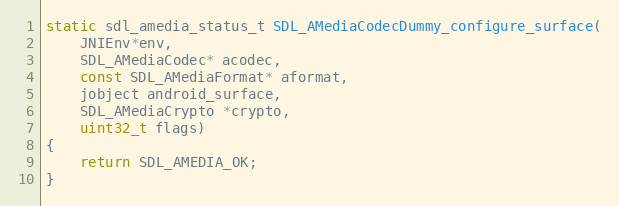
Language: C
static sdl_amedia_status_t SDL_AMediaCodecDummy_configure_surface(
    JNIEnv*env,
    SDL_AMediaCodec* acodec,
    const SDL_AMediaFormat* aformat,
    jobject android_surface,
    SDL_AMediaCrypto *crypto,
    uint32_t flags)
{
    return SDL_AMEDIA_OK;
}